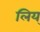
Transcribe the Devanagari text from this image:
लिय्